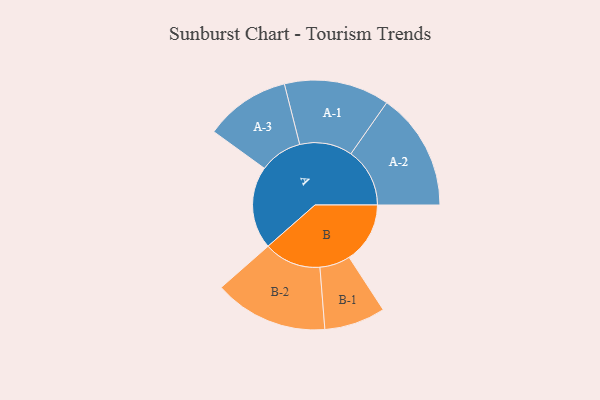
{"axis": {"x": "Segment", "y": "Value"}, "legend": ["", "A", "B"], "data": [{"x": "A", "y": 403, "type": ""}, {"x": "B", "y": 297, "type": ""}, {"x": "A-1", "y": 257, "type": "A"}, {"x": "A-2", "y": 287, "type": "A"}, {"x": "A-3", "y": 208, "type": "A"}, {"x": "B-1", "y": 149, "type": "B"}, {"x": "B-2", "y": 278, "type": "B"}]}